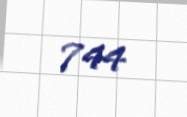
744